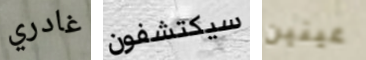
غادري سيكتشفون عينين